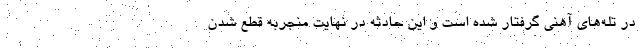
در تله‌های آهنی گرفتار شده است و این حادثه در نهایت منجربه قطع شدن